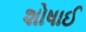
શોષાઈ